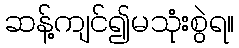
ဆန့်ကျင်၍မသုံးစွဲရ။